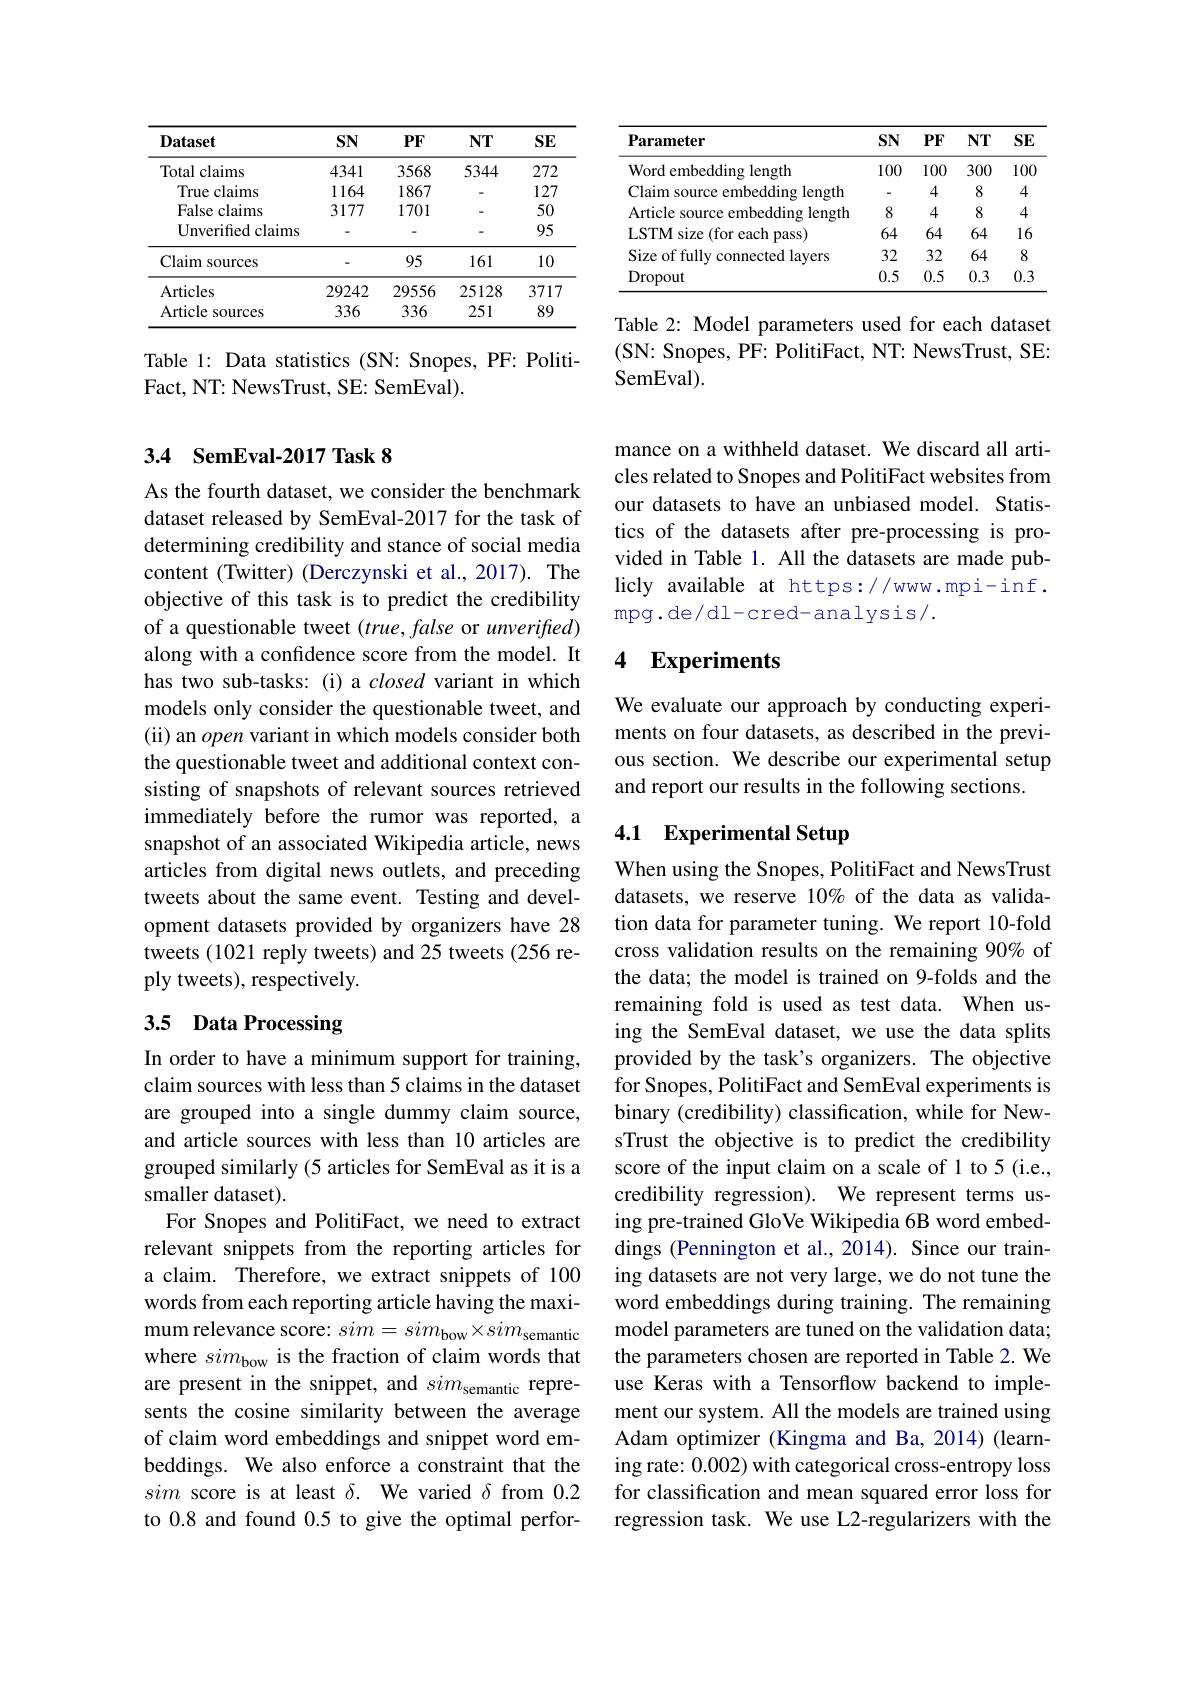
<table>
	<tbody>
		<tr>
			<th>Dataset</th>
			<th>$SN$</th>
			<th>$PF$</th>
			<th>$NT$</th>
			<th>$SE$</th>
		</tr>
		<tr>
			<td>Total claims</td>
			<td>4341</td>
			<td>3568</td>
			<td>5344</td>
			<td>272</td>
		</tr>
		<tr>
			<td>True claims</td>
			<td>1164</td>
			<td>1867</td>
			<td> </td>
			<td>127</td>
		</tr>
		<tr>
			<td>False claims</td>
			<td>3177</td>
			<td>1701</td>
			<td> </td>
			<td>50</td>
		</tr>
		<tr>
			<td>Unverified claims</td>
			<td> </td>
			<td> </td>
			<td> </td>
			<td>95</td>
		</tr>
		<tr>
			<td>Claim 1 SOurces</td>
			<td> </td>
			<td>95</td>
			<td>161</td>
			<td>10</td>
		</tr>
		<tr>
			<td>Articles</td>
			<td>29242</td>
			<td>29556</td>
			<td>25128</td>
			<td>3717</td>
		</tr>
		<tr>
			<td>Article sources</td>
			<td>336</td>
			<td>336</td>
			<td>251</td>
			<td>89</td>
		</tr>
	</tbody>
</table>

Table 1: Data statistics (SN: Snopes, PF: Politi-
Fact, NT: News Trust, SE: SemEval).

### 3.4 SemEval-2017 Task 8

As the fourth dataset, we consider the benchmark dataset released by SemEval-2017 for the task of determining credibility and stance of social media content (Twitter) (Derczynski et al., 2017). The objective of this task is to predict the credibility of a questionable tweet (true, false or unverified) along with a confidence score from the model. It has two sub-tasks: (i) a closed variant in which models only consider the questionable tweet, and (ii) an open variant in which models consider both the questionable tweet and additional context consisting of snapshots of relevant sources retrieved immediately before the rumor was reported, a snapshot of an associated Wikipedia article, news articles from digital news outlets, and preceding tweets about the same event. Testing and development datasets provided by organizers have 28 tweets (1021 reply tweets) and 25 tweets (256 reply tweets), respectively.

## 3.5 Data Processing

In order to have a minimum support for training, claim sources with less than 5 claims in the dataset are grouped into a single dummy claim source, and article sources with less than 10 articles are grouped similarly (5 articles for SemEval as it is a smaller dataset).
For Snopes and PolitiFact, we need to extract relevant snippets from the reporting articles for a claim. Therefore, we extract snippets of 100 words from each reporting article having the maximum relevance score: $sim=sim_\mathrm{bow}\times sim_\mathrm{semantic}$ where $sim_\mathrm{bow}$ is the fraction of claim words that are present in the snippet, and $sim_\mathrm{semantic}$ represents the cosine similarity between the average of claim word embeddings and snippet word embeddings. We also enforce a constraint that the sim score is at least $\delta.$ We varied $\delta$ from 0.2 to 0.8 and found 0.5 to give the optimal perfor-

<table>
	<tbody>
		<tr>
			<th>Parameter</th>
			<th>$SN$</th>
			<th>$PF$</th>
			<th>$NT$</th>
			<th>$SE$</th>
		</tr>
		<tr>
			<td>Word embedding length</td>
			<td>100</td>
			<td>100</td>
			<td>300</td>
			<td>100</td>
		</tr>
		<tr>
			<td>Claim source embedding length</td>
			<td>-</td>
			<td>4</td>
			<td>8</td>
			<td>4</td>
		</tr>
		<tr>
			<td>Article source embedding length</td>
			<td>8</td>
			<td>4</td>
			<td>8</td>
			<td>4</td>
		</tr>
		<tr>
			<td>LSTM size (for each pass)</td>
			<td>64</td>
			<td>64</td>
			<td>64</td>
			<td>16</td>
		</tr>
		<tr>
			<td>Size of fully connected lavers</td>
			<td>32</td>
			<td>32</td>
			<td>64</td>
			<td>8</td>
		</tr>
		<tr>
			<td>Dropout</td>
			<td>0.5</td>
			<td>0.5</td>
			<td>0.3</td>
			<td>0.3</td>
		</tr>
	</tbody>
</table>

Table 2: Model parameters used for each dataset ( SN: Snopes, PF: PolitiFact, NT: NewsTrust, SE: SemEval).

mance on a withheld dataset. We discard all articles related to Snopes and PolitiFact websites from our datasets to have an unbiased model. Statistics of the datasets after pre-processing is provided in Table 1. All the datasets are made publicly available at https://www.mpi-inf . mpg.de/dl-cred-analysis/.

## 4 Experiments

We evaluate our approach by conducting experiments on four datasets, as described in the previous section. We describe our experimental setup and report our results in the following sections.

### 4.1 Experimental Setup

When using the Snopes, PolitiFact and NewsTrust datasets, we reserve 10% of the data as validation data for parameter tuning. We report 10-fold cross validation results on the remaining 90% of the data; the model is trained on 9-folds and the remaining fold is used as test data. When using the SemEval dataset, we use the data splits provided by the task's organizers. The objective for Snopes, PolitiFact and SemEval experiments is binary (credibility) classification, while for NewsTrust the objective is to predict the credibility score of the input claim on a scale of 1 to 5 (i.e., credibility regression). We represent terms using pre-trained GloVe Wikipedia 6B word embeddings (Pennington et al., 2014). Since our training datasets are not very large, we do not tune the word embeddings during training. The remaining model parameters are tuned on the validation data; the parameters chosen are reported in Table 2. We use Keras with a Tensorflow backend to implement our system. All the models are trained using Adam optimizer (Kingma and Ba,2014) (learning rate: 0.002) with categorical cross-entropy loss for classification and mean squared error loss for regression task. We use L2-regularizers with the